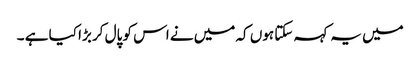
میں یہ کہہ سکتا ہوں کہ میں نے اس کو پال کر بڑا کیا ہے ۔